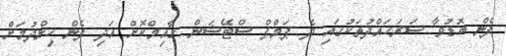
ފެން ބޮޑުވާ ސަރަހައްދުތަކުގައި ދެ ޕަމްޕް ސްޓޭޝަން ގާއިމްކޮށް އަދި ފެން ހިންދުމަށް